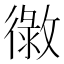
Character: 𢕲